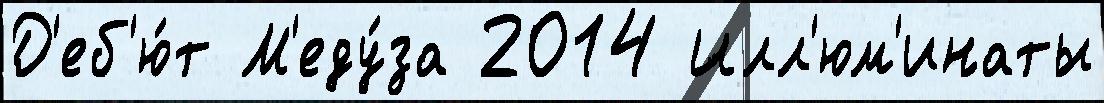
Д'еб'ю́т М'еду́за 2014 Илл'юм'инаты